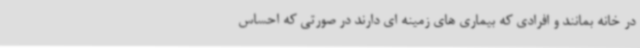
در خانه بمانند و افرادی که بیماری های زمینه ای دارند در صورتی که احساس